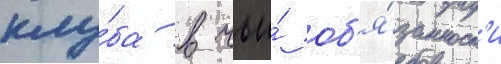
клу́ба в чьи́ об'я́занност'и